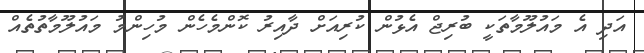
އަދި އެ މައުލޫމާތަކީ ބުރިޖް އެޅުން ކުރިއަށް ދާއިރު ކޮންމެހެން މުހިންމު މައުލޫމާތުތެއް